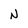
Character: N